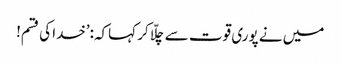
میں نے پوری قوت سے چلّا کر کہاکہ:’خدا کی قسم!